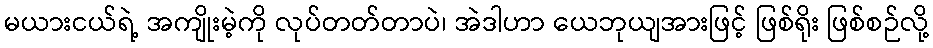
မယားငယ်ရဲ့ အကျိုးမဲ့ကို လုပ်တတ်တာပဲ၊ အဲဒါဟာ ယေဘုယျအားဖြင့် ဖြစ်ရိုး ဖြစ်စဉ်လို့